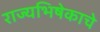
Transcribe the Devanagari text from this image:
राज्यभिषेकाचे